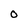
Character: 0